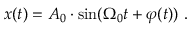
x ( t ) = A _ { 0 } \cdot { \sin } ( \Omega _ { 0 } t + \varphi ( t ) ) \mathrm { ~ . ~ }